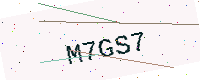
Text: M7GS7